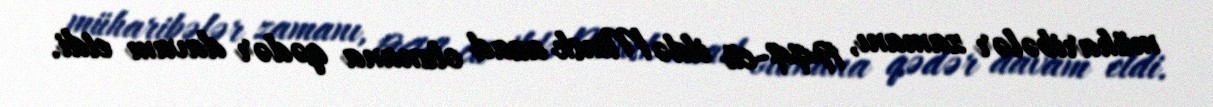
müharibələr zamanı, 1944-cü ildə Minsk azad olunana qədər davam etdi.